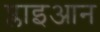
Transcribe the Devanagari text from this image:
प्लाइआन